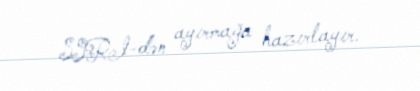
SSRI-dən ayırmağa hazırlayır.